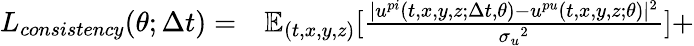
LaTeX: \begin{array}{rl}{L_{consistency}(\theta;\Delta t)=}&{{}\mathbb{E}_{(t,x,y,z)}[\frac{|{u}^{pi}(t,x,y,z;\Delta t,\theta)-{u}^{pu}(t,x,y,z;\theta)|^{2}}{{\sigma_{u}}^{2}}]+}\end{array}